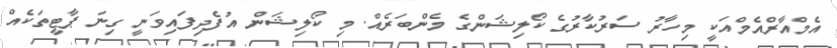
އެމްއާރްއެމްއަކީ މިހާރު ސަރުކާރުގެ ކޯލިޝަންގެ މެންބަރެއް. މި ކޯލިޝަން އުފެދިފައިވަނީ ގިނަ ޕާޓީތަކެއް